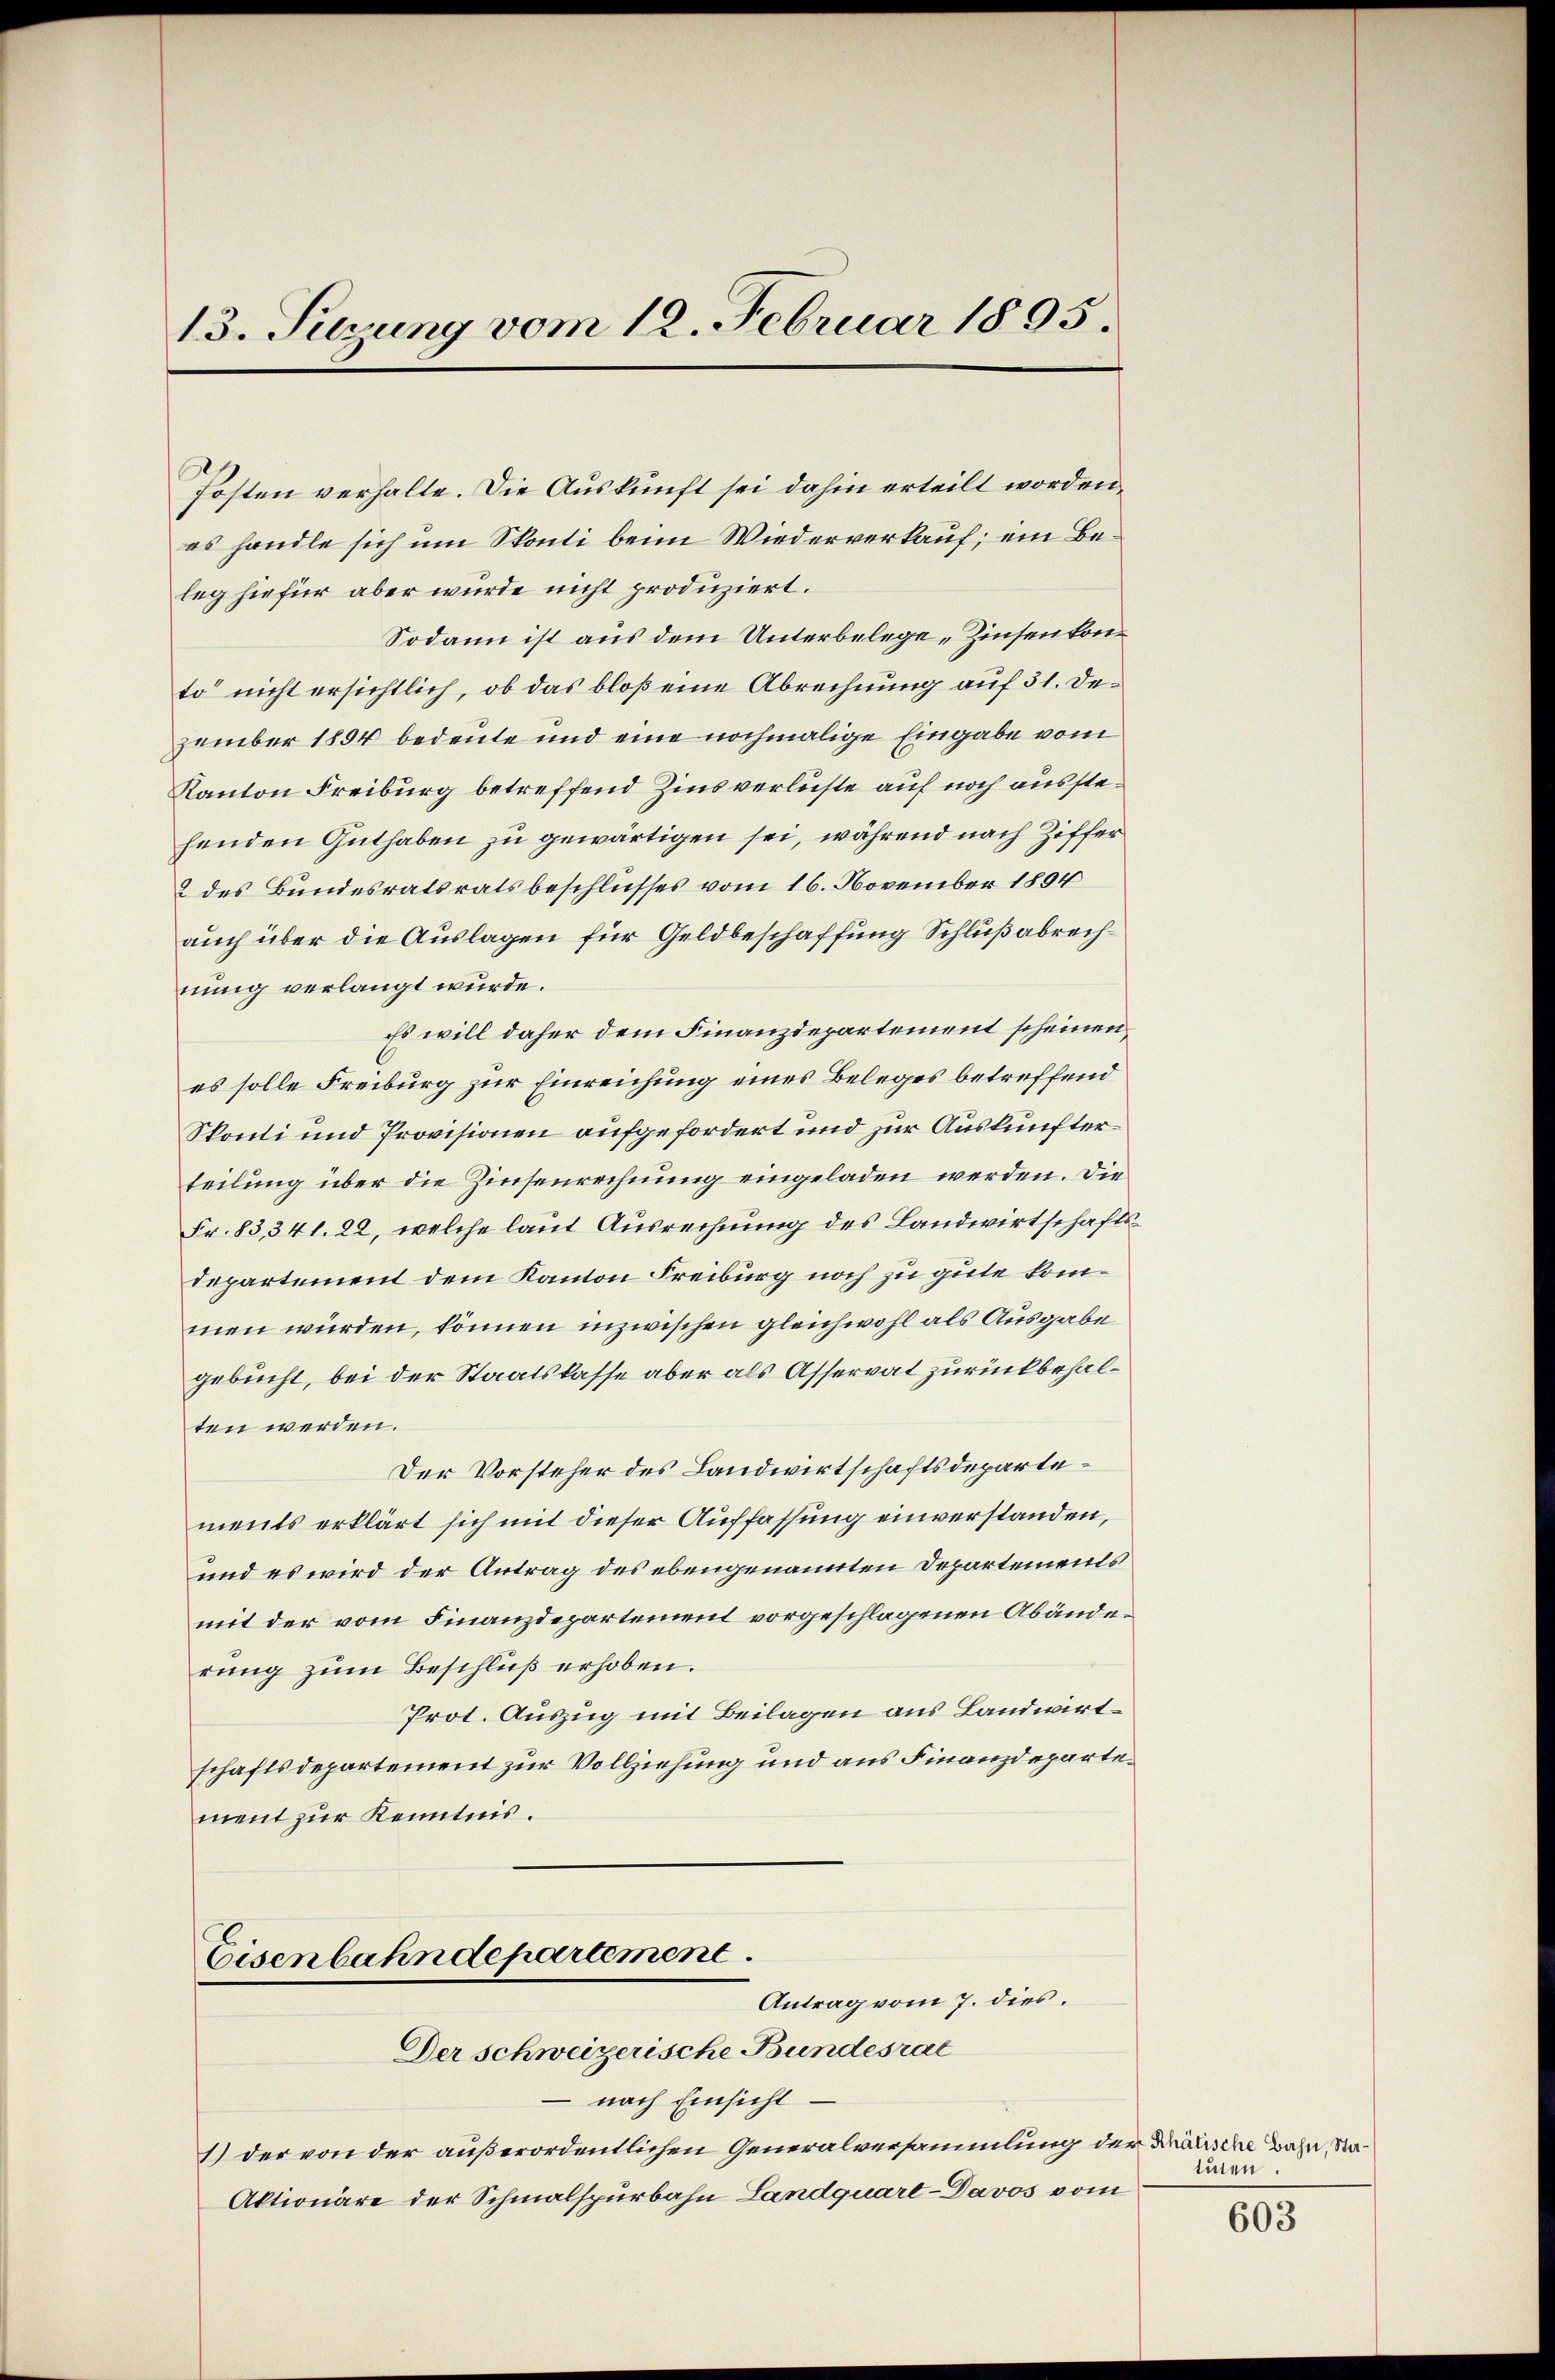
13. Perung vom 12. Februar 1895.

auch über die Auslagen für Geldbeschaffung Schlußabrechnung verlangt wurde.
Es will daher dem Finanzdepartement scheinen
es solle Freiburg zur Einreichung eines Beleges betreffend
Skonti und Provisionen aufgefordert und zur Auskunfterteilung über die Zinsenrechnung eingeladen werden. Die
Fr. 83, 341. 22, welche laut Ausrechnung des Landwirtschafts¬
Departement dem Kanton Freiburg noch zu gute kommen würden, können inzwischen gleichwohl als Ausgabe
gebucht, bei der Staatskasse aber als Asservat zurückbehalten werden.
Der Vorsteher des Landwirtschaftsdepartements erklärt sich mit dieser Auffassung einverstanden,
und es wird der Antrag des ebengenannten Departements
mit der vom Finanzdepartement vorgeschlagenen Abänderung zum Beschluß erhoben.
Prot. Auszug mit Beilagen aus Landwirtschaftsdepartement zur Vollziehung und aus Finanzdepartement zur Kenntnis.
Eisenbahndepartement
Antrag vom 7. dies.
Der schweizerische Bundesrat
nach Einsicht.
1) der von der außerordentlichen Generalversammlung der Krauische Bahn, Na¬
Aktionäre der Schmalspurbahn Landquart-Davos vom

Posten verhalte. Die Auskunft sei dahin erteilt worden,
es handle sich um Skonti beim Wiederverkauf; ein Beleg hiefür aber wurde nicht produziert.
Sodann ist aus dem Unterbelege Zinsenkonto“ nicht ersichtlich, ob das bloß eine Abrechnung auf 31. Dezember 1894 bedeute und eine nochmalige Eingabe vom
Kanton Freiburg betreffend Zinsverlüste auf noch ausstehenden Guthaben zu gewärtigen sei, während nach Ziffer
2 des Bundesratsratsbeschlusses vom 16. November 1894

turen.

603